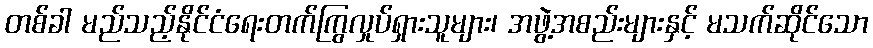
တစ်ခါ မည်သည့်နိုင်ငံရေးတက်ကြွလှုပ်ရှားသူများ၊ အဖွဲ့အစည်းများနှင့် မသက်ဆိုင်သော